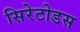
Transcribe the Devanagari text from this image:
सिरेटोडस